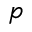
p